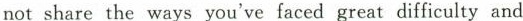
not share the ways you've faced great difficulty and